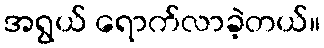
အရွယ် ရောက်လာခဲ့တယ်။